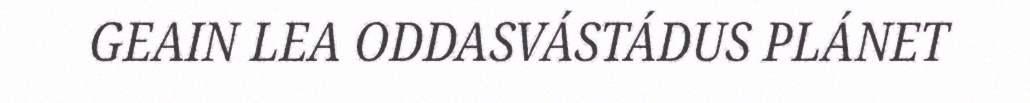
GEAIN LEA ODDASVÁSTÁDUS PLÁNET